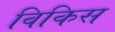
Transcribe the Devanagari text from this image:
विकिस